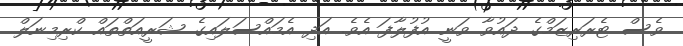
ވެސް ޓެރަރިޒަމްގެ ދައުވާ ވަނީ އުފުލާފަ އެވެ. އަދި އެމައްސަލައިގެ ޝަރީއަތްތައް ކްރިމިނަލް